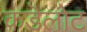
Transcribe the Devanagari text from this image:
कडॆलोट